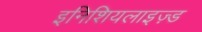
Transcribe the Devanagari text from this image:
इनिशियलाइज़्ड